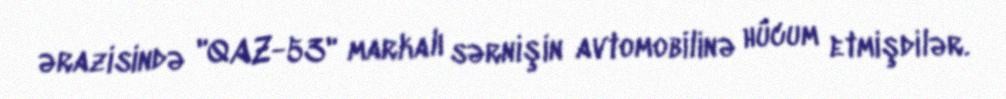
ərazisində "QAZ-53" markalı sərnişin avtomobilinə hücum etmişdilər.